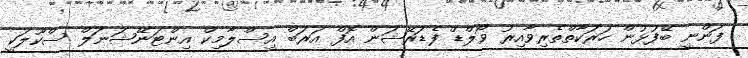
ފަންނީ ބޭފުޅުން ހަރަކާތްތެރިވާއިރު ވޯލްޑް ފެޑަރޭޝަން އޮފް އަރަބް އިސްލާމިކް އިންޓަނޭޝަނަލް ސްކޫލަކީ